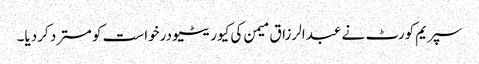
سپریم کورٹ نے عبدالرزاق میمن کی کیوریٹیو درخواست کو مسترد کردیا۔